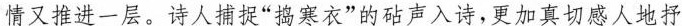
情又推进一层。诗人捕捉”捣寒衣”的砧声入诗，更加真切感人地抒